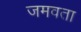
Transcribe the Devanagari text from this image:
जमवता